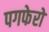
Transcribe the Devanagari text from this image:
पगफेरो